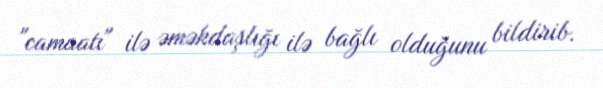
"camaatı" ilə əməkdaşlığı ilə bağlı olduğunu bildirib.